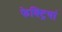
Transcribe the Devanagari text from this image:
फेक्ट्रियां